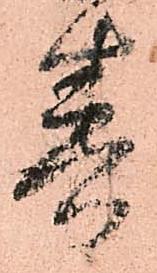
春